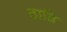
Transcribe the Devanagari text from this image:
ठाढि